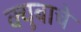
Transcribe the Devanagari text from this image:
क्युबाचे